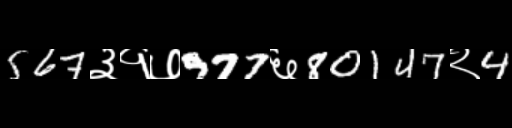
Text: 567३१७977६80147२4